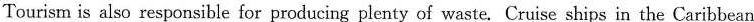
Tourism is also responsible for producing plenty of waste. Cruise ships in the Caribbean